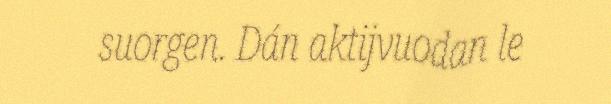
suorgen. Dán aktijvuodan le